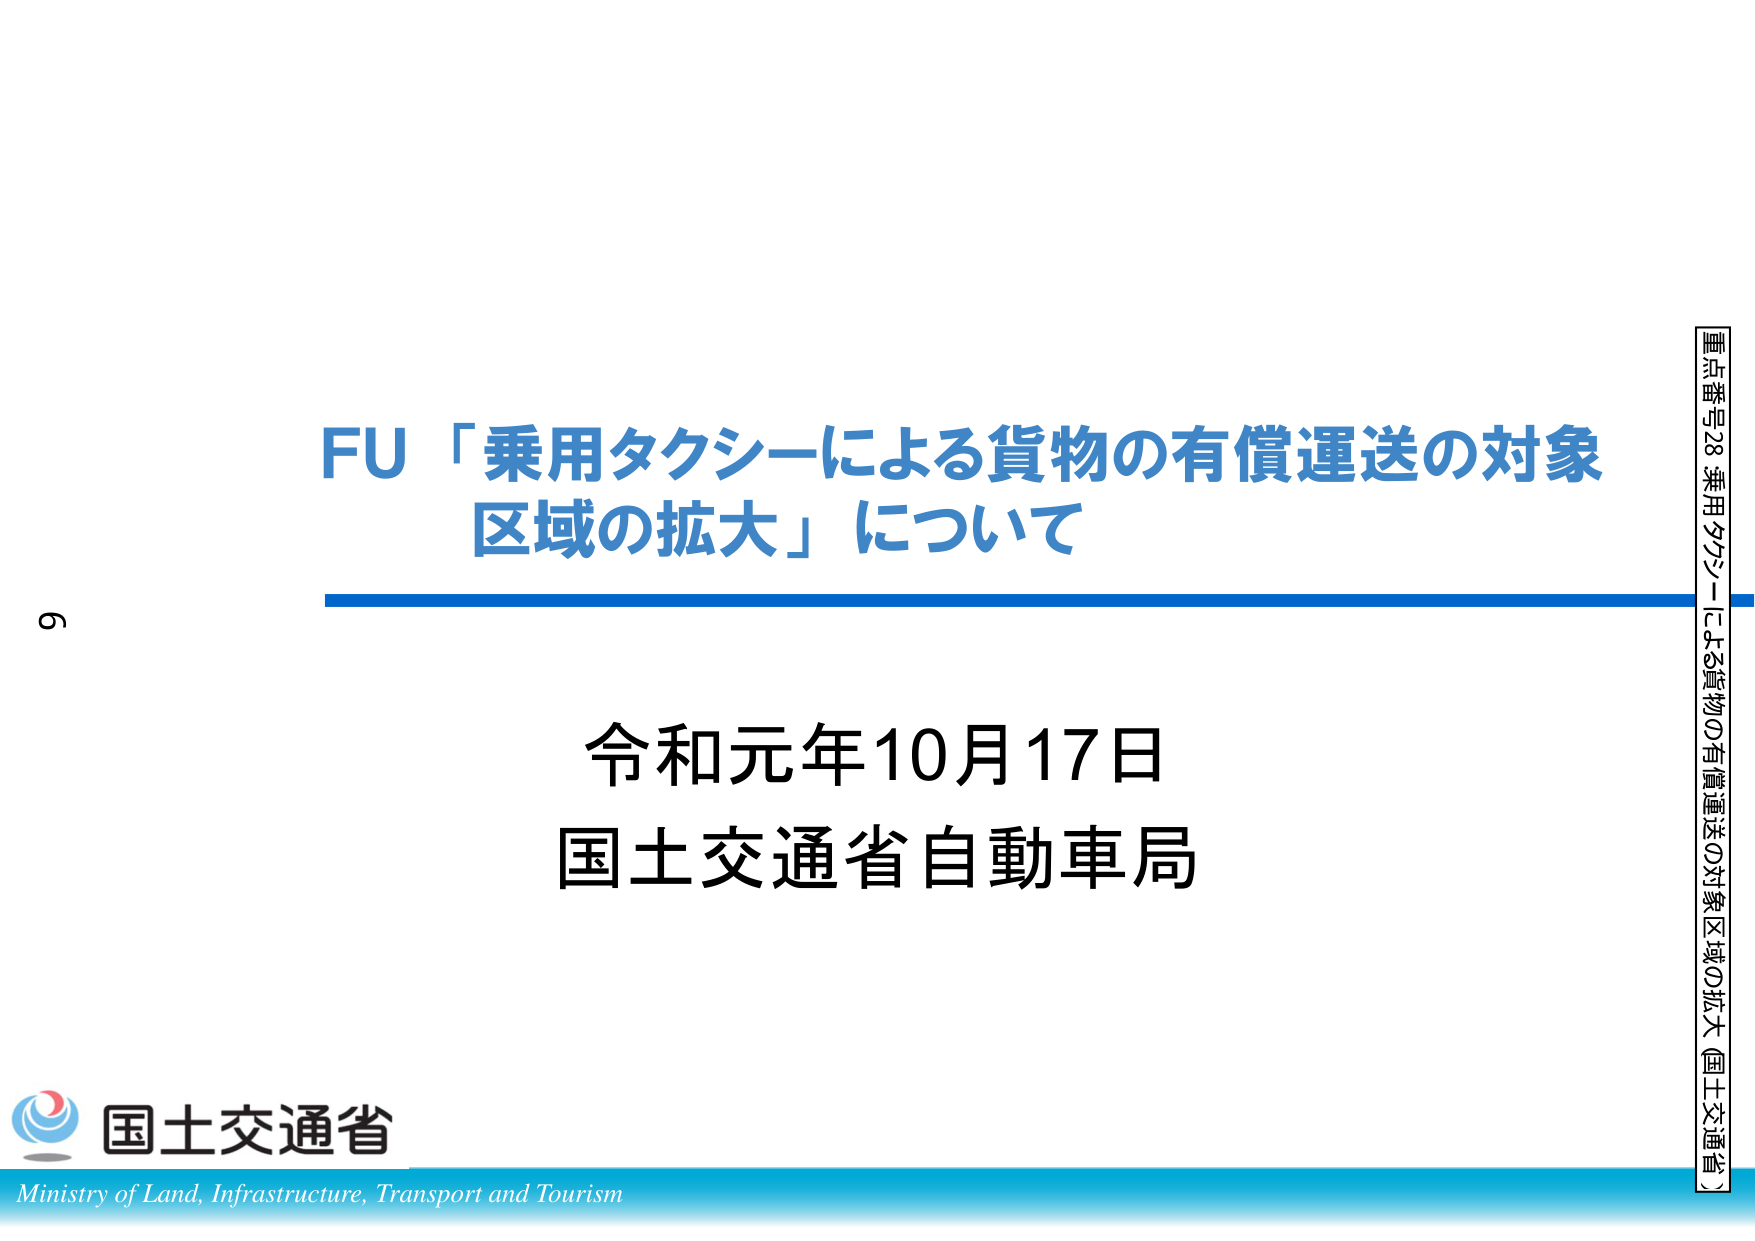
FU「乗用タクシーによる貨物の有償運送の対象区域の拡大」について

令和元年10月17日
国土交通省自動車局

国土交通省
Ministry of Land, Infrastructure, Transport and Tourism

重点番号28 乗用タクシーによる貨物の有償運送の対象区域の拡大（国土交通省）